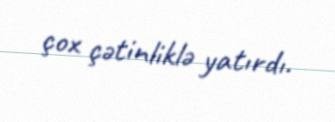
çox çətinliklə yatırdı.